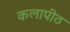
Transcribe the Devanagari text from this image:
कलापीठ